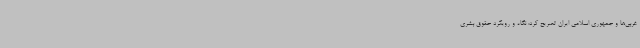
غربی‌ها و جمهوری اسلامی ایران تصریح کرد: نگاه و رویکرد حقوق بشری